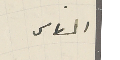
الناس